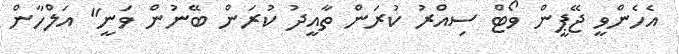
އެހެންވީ ޖޭޕީން ވޯޓް ސިއްރު ކުރަން ތާއީދު ކުރަން ބޭނުން ވަނީ" އަލްހާން